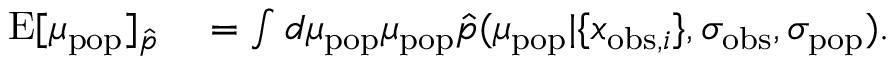
\begin{array} { r l } { \mathrm { E } [ \mu _ { \mathrm { p o p } } ] _ { \hat { p } } } & { { } = \int d \mu _ { \mathrm { p o p } } \mu _ { \mathrm { p o p } } \hat { p } ( \mu _ { \mathrm { p o p } } | \{ x _ { \mathrm { o b s } , i } \} , \sigma _ { \mathrm { o b s } } , \sigma _ { \mathrm { p o p } } ) . } \end{array}